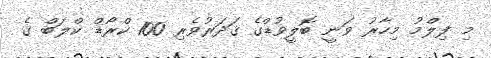
މި ފިލްމު މިހާރު ވަނީ ބޮލީވުޑްގެ ޤަދަރުވެރި 100 ކްރޯޑް ކްލަބް ގެ